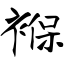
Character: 褓